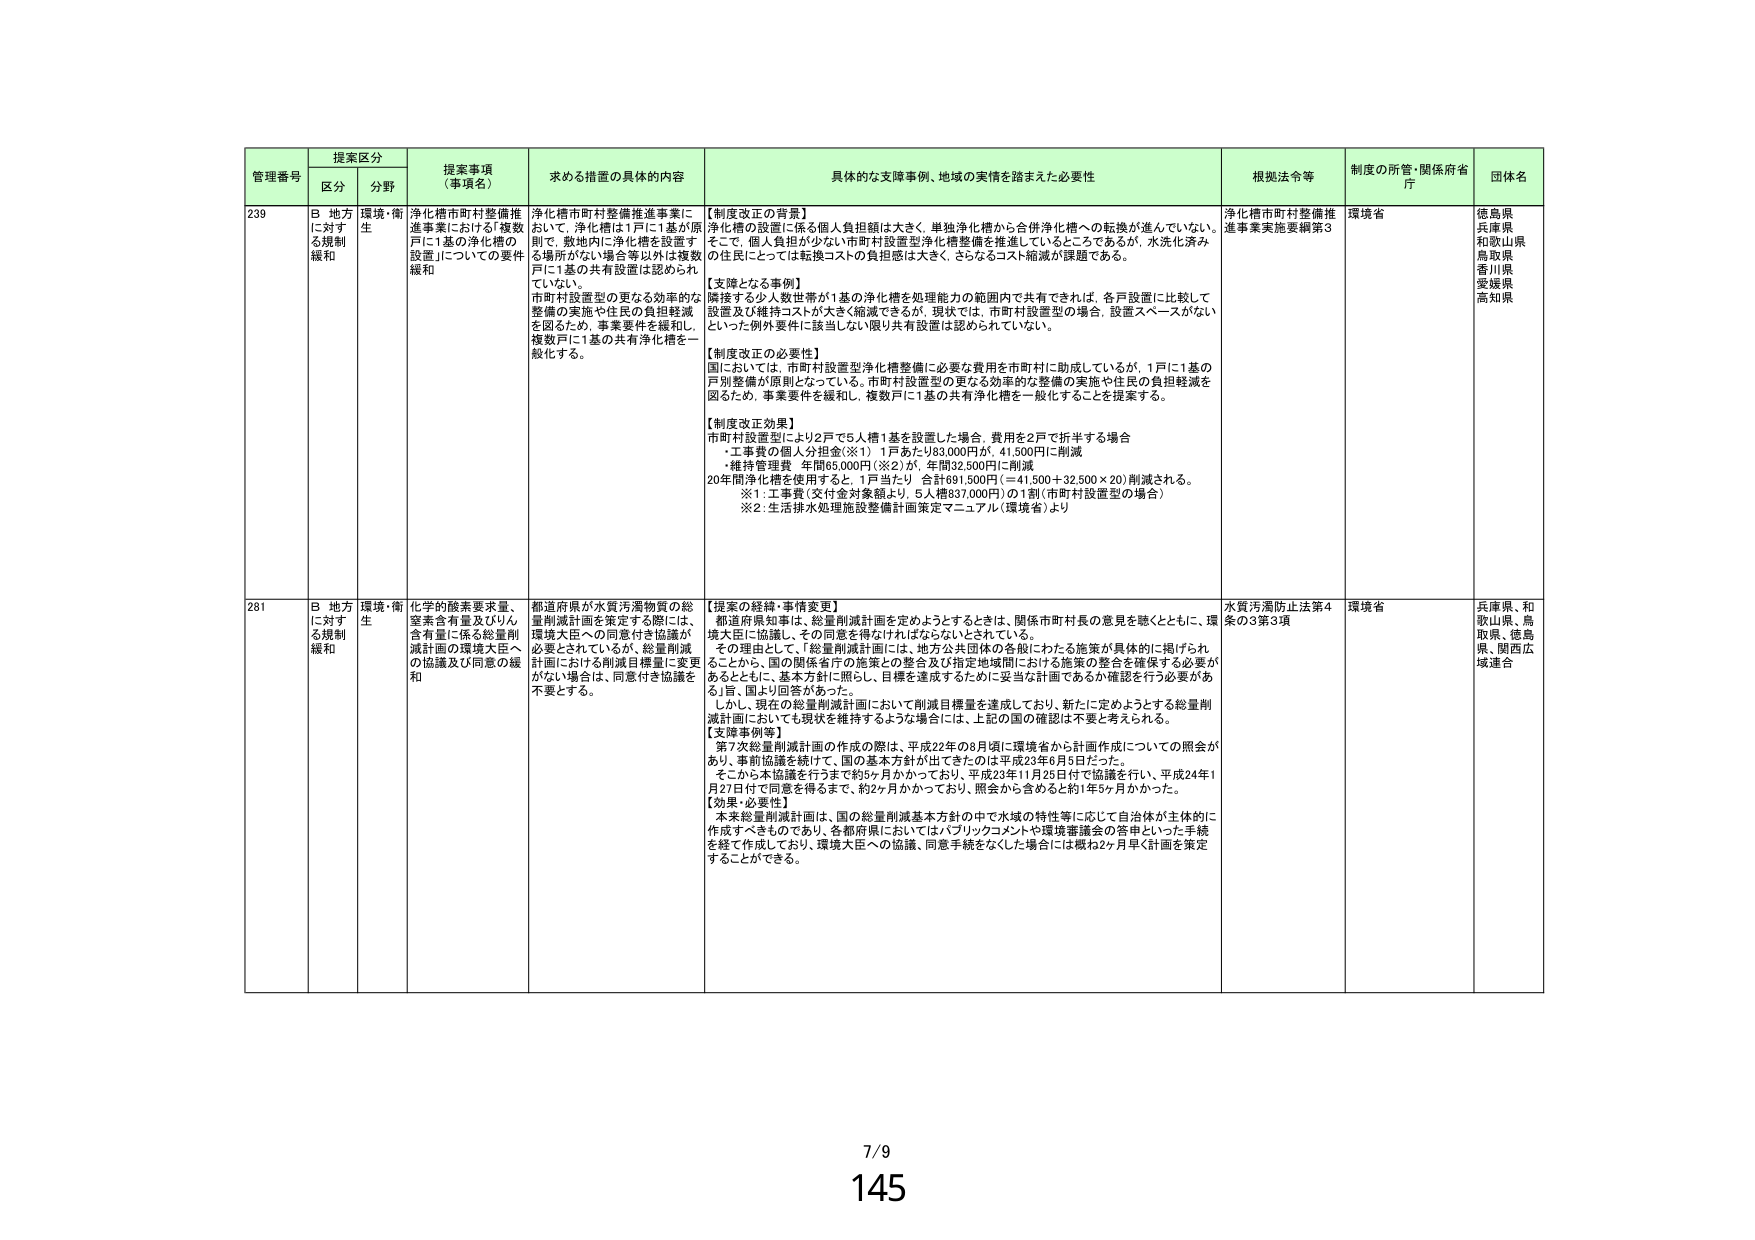
管理番号 提案区分 提案事項（事項名） 求める措置の具体的内容 具体的な支障事例、地域の実情を踏まえた必要性 根拠法令等 制度の所管・関係府省庁 団体名
区分 分野
239 B 地方に対する規制緩和 環境・衛生 浄化槽市町村整備推進事業における「複数戸に1基の浄化槽の設置」についての要件緩和 浄化槽市町村整備推進事業において、浄化槽は1戸に1基が原則で、敷地内に浄化槽を設置する場所がない場合等以外は複数戸に1基の共有設置は認められていない。市町村設置型の更なる効率的な整備の実施や住民の負担軽減を図るため、事業要件を緩和し、複数戸に1基の共有浄化槽を一般化する。 【制度改正の背景】 浄化槽の設置に係る個人負担額は大きく、単独浄化槽から合併浄化槽への転換が進んでいない。そこで、個人負担が少ない市町村設置型浄化槽整備を推進しているところであるが、水洗化済みの住民にとっては転換コストの負担感は大きく、さらなるコスト縮減が課題である。 【支障となる事例】 隣接する少人数世帯が1基の浄化槽を処理能力の範囲内で共有できれば、各戸設置に比較して設置及び維持コストが大きく縮減できるが、現状では、市町村設置型の場合、設置スペースがないといった例外要件に該当しない限り共有設置は認められていない。 【制度改正の必要性】 国においては、市町村設置型浄化槽整備に必要な費用を市町村に助成しているが、1戸に1基の戸別整備が原則となっている。市町村設置型の更なる効率的な整備の実施や住民の負担軽減を図るため、事業要件を緩和し、複数戸に1基の共有浄化槽を一般化することを提案する。 【制度改正効果】 市町村設置型により2戸で5人槽1基を設置した場合、費用を2戸で折半する場合 ・工事費の個人分担金（※1）1戸あたり83,000円が、41,500円に削減 ・維持管理費 年間65,000円（※2）が、年間32,500円に削減 20年間浄化槽を使用すると、1戸当たり 合計691,500円（＝41,500＋32,500×20）削減される。 ※1：工事費（交付金対象額より、5人槽837,000円）の1割（市町村設置型の場合） ※2：生活排水処理施設整備計画策定マニュアル（環境省）より 浄化槽市町村整備推進事業実施要綱第3 環境省 徳島県 兵庫県 和歌山県 鳥取県 香川県 愛媛県 高知県
281 B 地方に対する規制緩和 環境・衛生 化学的酸素要求量、窒素含有量及びりん含有量に係る総量削減計画の環境大臣への協議及び同意の緩和 都道府県が水質汚濁物質の総量削減計画を策定する際には、環境大臣への同意付き協議が必要とされているが、総量削減計画における削減目標量に変更がない場合は、同意付き協議を不要とする。 【提案の経緯・事情変更】 都道府県知事は、総量削減計画を定めようとするときは、関係市町村長の意見を聴くとともに、環境大臣に協議し、その同意を得なければならないとされている。 その理由として、「総量削減計画には、地方公共団体の各般における施策が具体的に掲げられることから、国の関係省庁の施策との整合及び指定地域間における施策の整合を確保する必要があるとともに、基本方針に照らし、目標を達成するために妥当な計画であるか確認を行う必要がある」旨、国より回答があった。 しかし、現在の総量削減計画において削減目標量を達成しており、新たに定めようとする総量削減計画においても現状を維持するような場合には、上記の国の確認は不要と考えられる。 【支障事例等】 第7次総量削減計画の作成の際は、平成22年の8月頃に環境省から計画作成についての照会があり、事前協議を続けて、国の基本方針が出てきたのは平成23年6月8日だった。 そこから本協議を行うまで約5ヶ月かかっており、平成23年11月25日付で協議を行い、平成24年1月27日付で同意を得るまで、約2ヶ月かかっており、照会から含めると約1年5ヶ月かかった。 【効果・必要性】 本来総量削減計画は、国の総量削減基本方針の中で水域の特性等に応じて自治体が主体的に作成すべきものであり、各都府県においてはパブリックコメントや環境審議会の答申といった手続を経て作成しており、環境大臣への協議、同意手続をなくした場合には概ね2ヶ月早く計画を策定することができる。 水質汚濁防止法第4条の3第3項 環境省 兵庫県、和歌山県、鳥取県、徳島県、関西広域連合
7/9
145